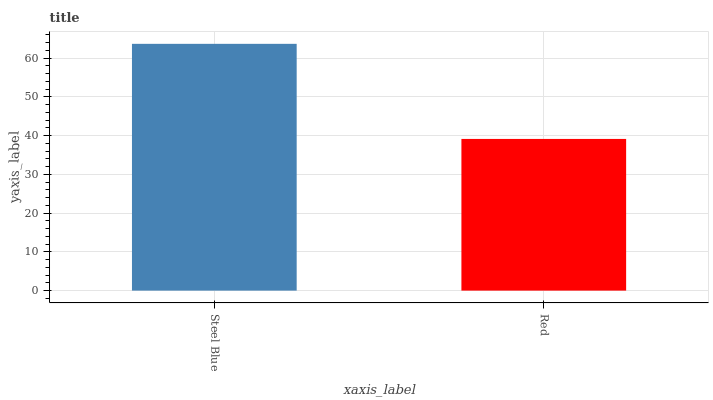
| xaxis_label | bars |
 | --- | --- |
 | Steel Blue | 63.7 |
 | Red | 39.1 |